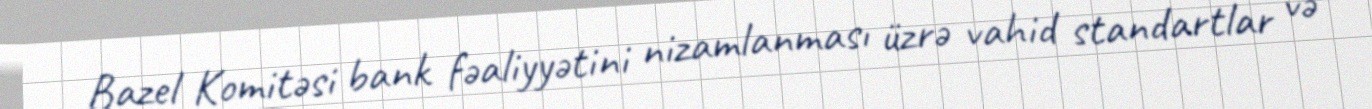
Bazel Komitəsi bank fəaliyyətini nizamlanması üzrə vahid standartlar və